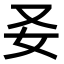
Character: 𡚩